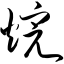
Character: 烷